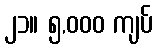
၂၁။ ၅,၀၀၀ ကျပ်